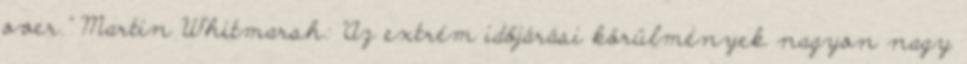
over." Martin Whitmarsh: "Az extrém időjárási körülmények nagyon nagy